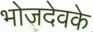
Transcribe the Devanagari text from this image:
भोजदेवके